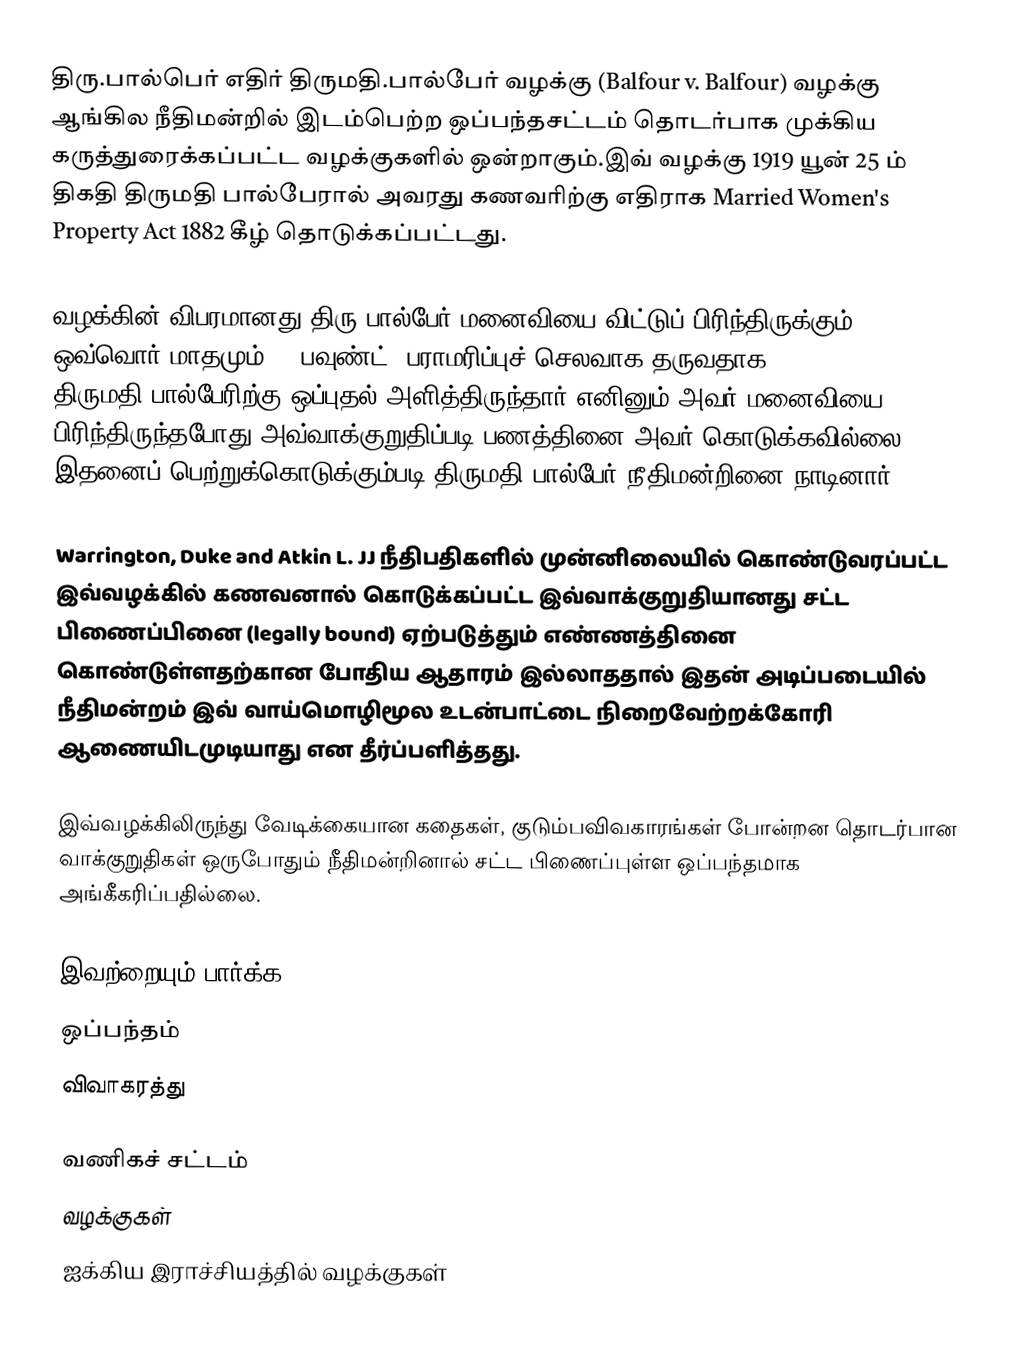
திரு.பால்பெர் எதிர் திருமதி.பால்பேர் வழக்கு (Balfour v. Balfour) வழக்கு ஆங்கில நீதிமன்றில் இடம்பெற்ற ஒப்பந்தசட்டம் தொடர்பாக முக்கிய கருத்துரைக்கப்பட்ட வழக்குகளில் ஒன்றாகும்.இவ் வழக்கு 1919 யூன் 25 ம் திகதி திருமதி பால்பேரால் அவரது கணவரிற்கு எதிராக Married Women's Property Act 1882 கீழ் தொடுக்கப்பட்டது.

வழக்கின் விபரமானது திரு பால்பேர் மனைவியை விட்டுப் பிரிந்திருக்கும் ஒவ்வொர் மாதமும் 3[[பவுண்ட்] பராமரிப்புச் செலவாக தருவதாக திருமதி.பால்பேரிற்கு ஒப்புதல் அளித்திருந்தார்.எனினும் அவர் மனைவியை பிரிந்திருந்தபோது அவ்வாக்குறுதிப்படி பணத்தினை அவர் கொடுக்கவில்லை. இதனைப் பெற்றுக்கொடுக்கும்படி திருமதி.பால்பேர் நீதிமன்றினை நாடினார்.

Warrington, Duke and Atkin L. JJ நீதிபதிகளில் முன்னிலையில் கொண்டுவரப்பட்ட இவ்வழக்கில் கணவனால் கொடுக்கப்பட்ட இவ்வாக்குறுதியானது சட்ட பிணைப்பினை (legally bound) ஏற்படுத்தும் எண்ணத்தினை கொண்டுள்ளதற்கான போதிய ஆதாரம் இல்லாததால் இதன் அடிப்படையில் நீதிமன்றம் இவ் வாய்மொழிமூல உடன்பாட்டை நிறைவேற்றக்கோரி ஆணையிடமுடியாது என தீர்ப்பளித்தது.

இவ்வழக்கிலிருந்து வேடிக்கையான கதைகள், குடும்பவிவகாரங்கள் போன்றன தொடர்பான வாக்குறுதிகள் ஒருபோதும் நீதிமன்றினால் சட்ட பிணைப்புள்ள ஒப்பந்தமாக அங்கீகரிப்பதில்லை.

இவற்றையும் பார்க்க
ஒப்பந்தம்
விவாகரத்து

வணிகச் சட்டம்
வழக்குகள்
ஐக்கிய இராச்சியத்தில் வழக்குகள்